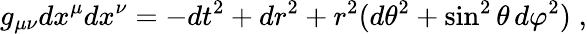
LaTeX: g_{\mu\nu}dx^{\mu}dx^{\nu}=-dt^{2}+dr^{2}+r^{2}(d\theta^{2}+\sin^{2}\theta\, d\varphi^{2})\; ,